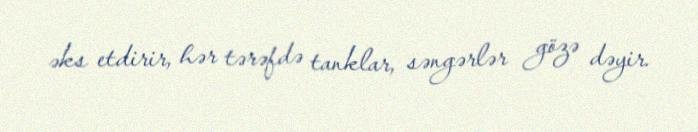
əks etdirir, hər tərəfdə tanklar, səngərlər gözə dəyir.